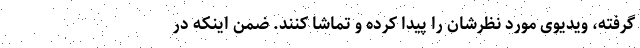
گرفته، ویدیوی مورد نظرشان را پیدا کرده و تماشا کنند. ضمن اینکه در